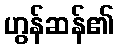
ဟွန်ဆန်၏